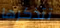
تتذكرها